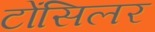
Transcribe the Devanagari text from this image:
टोंसिलर